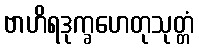
ဗာဟိရဒုက္ခဟေတုသုတ္တံ